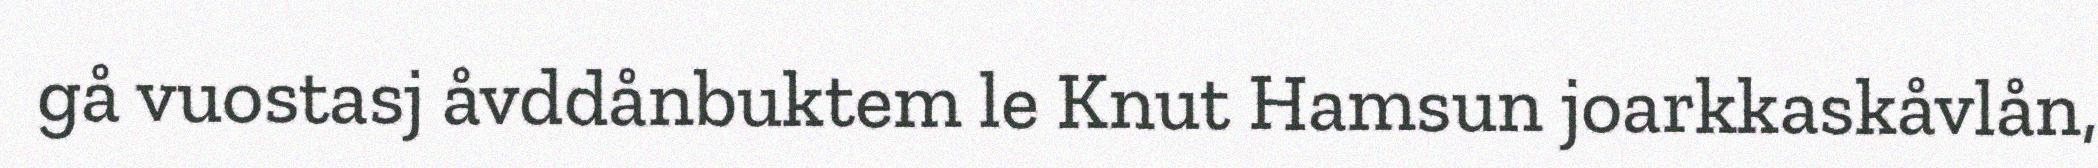
gå vuostasj åvddånbuktem le Knut Hamsun joarkkaskåvlån,